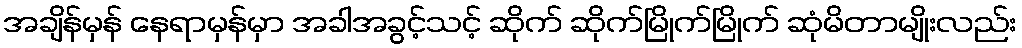
အချိန်မှန် နေရာမှန်မှာ အခါအခွင့်သင့် ဆိုက် ဆိုက်မြိုက်မြိုက် ဆုံမိတာမျိုးလည်း